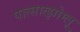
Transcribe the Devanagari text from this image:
पात्सात्झोग्लू